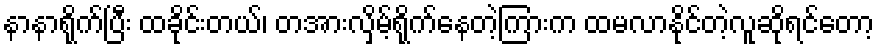
နာနာရိုက်ပြီး ထခိုင်းတယ်၊ တအားလှိမ့်ရိုက်နေတဲ့ကြားက ထမလာနိုင်တဲ့လူဆိုရင်တော့